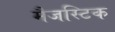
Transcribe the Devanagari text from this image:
मैजस्टिक